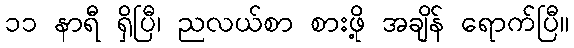
၁၁ နာရီ ရှိပြီ၊ ညလယ်စာ စားဖို့ အချိန် ရောက်ပြီ။